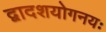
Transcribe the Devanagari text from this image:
द्वादशयोगनयः